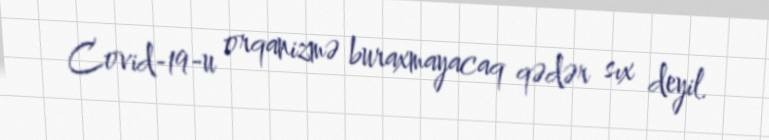
Covid-19-u orqanizmə buraxmayacaq qədər sıx deyil.